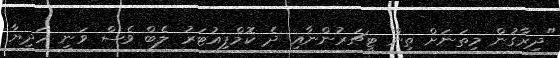
"ދިރާގުން މިތަނަށް ތިން ޓީޗަރުންނާއި ދެ ކޮމްޕިއުޓަރު ލެބް ވެސް ވަނީ ހަދިޔާ